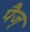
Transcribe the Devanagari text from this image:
पैज्